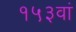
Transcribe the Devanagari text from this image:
१५३वां